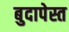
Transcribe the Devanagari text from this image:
बुदापेस्त